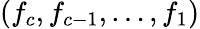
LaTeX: (f_{c},f_{c-1},\ldots,f_{1})